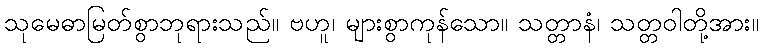
သုမေဓာမြတ်စွာဘုရားသည်။ ဗဟူ၊ များစွာကုန်သော။ သတ္တာနံ၊ သတ္တဝါတို့အား။